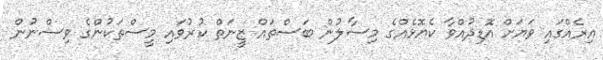
އިރެއްގައި ވަޔަށް އޮޑިދުއްވާ ކެޔޮޅެއްގެ މިސާލުން ބަސްތައް ޒީނަތް ކުރުވައި މީސްތަކުންގެ ވިސްނުން